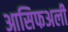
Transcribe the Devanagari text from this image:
आसिफअली